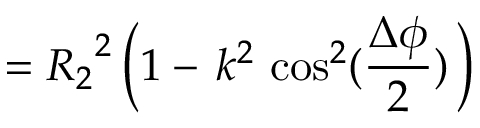
= { R _ { 2 } } ^ { 2 } \, \bigg ( 1 - \, k ^ { 2 } \, \cos ^ { 2 } ( \frac { \Delta \phi } { 2 } ) \, \bigg )